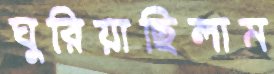
ঘুরিয়াছিলাম